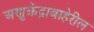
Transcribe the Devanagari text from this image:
अणुक्रेंद्राबाहेरील